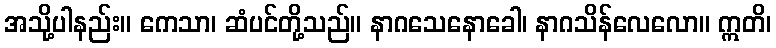
အသို့ပါနည်း။ ကေသာ၊ ဆံပင်တို့သည်။ နာဂသေနောခေါ၊ နာဂသိန်လေလော။ ဣတိ၊